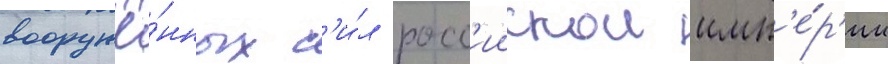
вооружё́нных с'и́л росс'иискои имп'е́р'ии